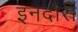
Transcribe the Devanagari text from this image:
इनदौरों